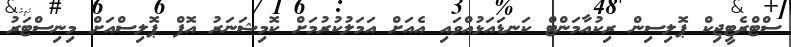
ސްޓްރެޓީޖިކް ޕޮލިސިން ރިކުއާމަންޓް ކަނޑައަޅުއްވައި އެއަށް އަމަލުކުރުމަށް ކޮމިޝަނަރު އޮފް ޕޮލިސްއަށް މިނިސްޓަރު